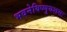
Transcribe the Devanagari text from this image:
भवनेविष्णुयशसः